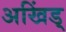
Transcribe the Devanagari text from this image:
अखिंड्